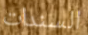
السندات